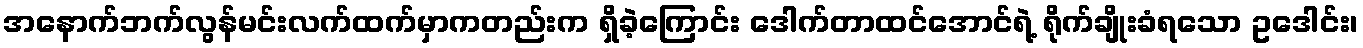
အနောက်ဘက်လွန်မင်းလက်ထက်မှာကတည်းက ရှိခဲ့ကြောင်း ဒေါက်တာထင်အောင်ရဲ့ ရိုက်ချိုးခံရသော ဥဒေါင်း၊